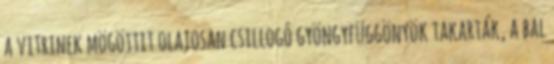
a vitrinek mögöttit olajosan csillogó gyöngyfüggönyök takarták, a bal